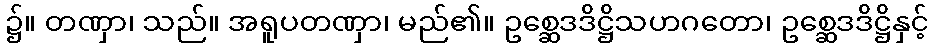
၌။ တဏှာ၊ သည်။ အရူပတဏှာ၊ မည်၏။ ဥစ္ဆေဒဒိဋ္ဌိသဟဂတော၊ ဥစ္ဆေဒဒိဋ္ဌိနှင့်